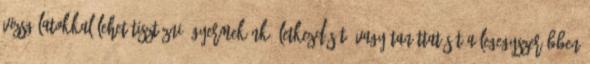
vizsgálatokkal lehet tisztázni. Gyermekünk életkezdését, vagy taníttatását a legegyszerűbben